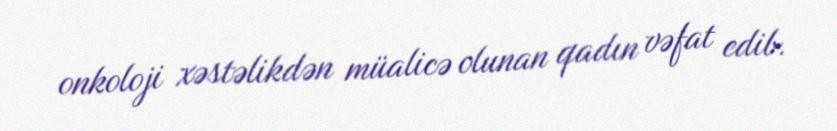
onkoloji xəstəlikdən müalicə olunan qadın vəfat edib.